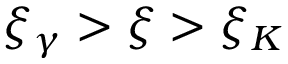
\xi _ { \gamma } > \xi > \xi _ { K }